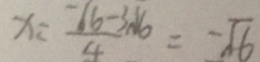
x = \frac { - 6 6 - 3 \sqrt { 6 } } { 4 } = - \sqrt { 6 }